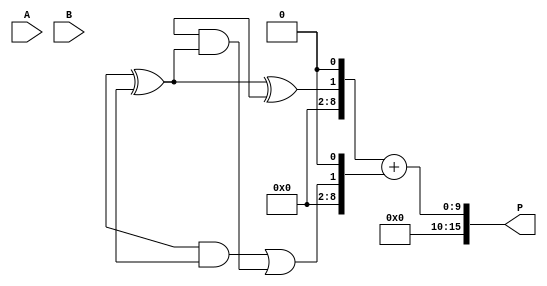
module WallaceTreeMultiplier #(parameter N = 8) (
    input [N-1:0] A,
    input [N-1:0] B,
    output reg [2*N-1:0] P
);

    // Partial product generation
    wire [N-1:0] pp [0:N-1]; // Partial products

    generate
        genvar i;
        for (i = 0; i < N; i = i + 1) begin : partial_product_gen
            assign pp[i] = A & {N{B[i]}};
        end
    endgenerate

    // Wallace Tree reduction
    wire [N-1:0] sum [0:N-1];
    wire [N-1:0] carry [0:N-1];
    wire [N-1:0] next_sum [0:N-1];
    wire [N-1:0] next_carry [0:N-1];

    // Initialize the first stage
    assign sum[0] = pp[0];
    assign carry[0] = 0;

    // Reduction stages
    genvar j;
    for (j = 0; j < N; j = j + 1) begin : reduction_stage
        if (j < N-1) begin
            wire [1:0] a, b, c;
            assign a = {pp[j+1][j], pp[j+1][j-1]};
            assign b = {pp[j+1][j-2], carry[j][j-1]};
            assign c = {sum[j][j-1], carry[j][j]};
            
            // Half adder for two bits
            if (j > 0) begin
                assign next_sum[j] = a[0] ^ a[1];
                assign next_carry[j] = a[0] & a[1];
            end else begin
                assign next_sum[j] = pp[j][j];
                assign next_carry[j] = 0;
            end
            
            // Full adder for three bits
            assign next_sum[j+1] = c[0] ^ c[1] ^ b[0];
            assign next_carry[j+1] = (c[0] & c[1]) | (b[0] & (c[0] ^ c[1]));
        end
    end

    // Final addition
    wire [2*N-1:0] final_sum;
    wire [2*N-1:0] final_carry;

    assign final_sum = {next_sum[N-1], 1'b0} + {next_carry[N-1], 1'b0};

    always @(*) begin
        P = final_sum;
    end

endmodule